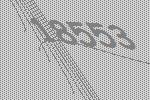
18553